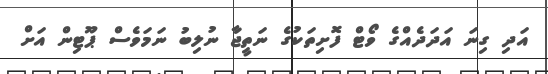
އަދި ގިނަ އަދަދެއްގެ ވޯޓް ފޮށިތަކުގެ ނަތީޖާ ނުލިބު ނަމަވެސް ޕޫޓިން އަށް